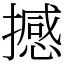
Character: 撼